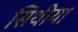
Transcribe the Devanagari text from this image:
सिथीया